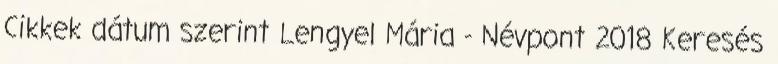
Cikkek dátum szerint Lengyel Mária - Névpont 2018 Keresés